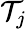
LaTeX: \mathcal{T}_{j}